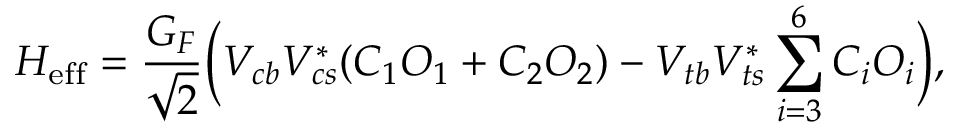
H _ { \mathrm { e f f } } = \frac { G _ { F } } { \sqrt { 2 } } \Bigl ( V _ { c b } V _ { c s } ^ { * } ( C _ { 1 } O _ { 1 } + C _ { 2 } O _ { 2 } ) - V _ { t b } V _ { t s } ^ { * } \sum _ { i = 3 } ^ { 6 } C _ { i } O _ { i } \Bigr ) ,